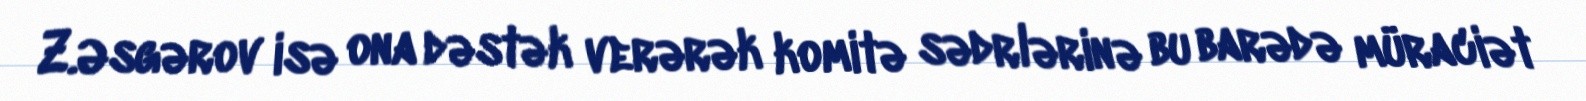
Z.Əsgərov isə ona dəstək verərək komitə sədrlərinə bu barədə müraciət